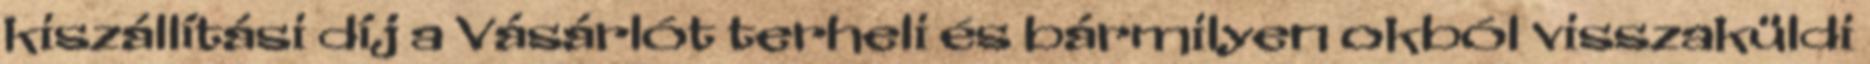
kiszállítási díj a Vásárlót terheli és bármilyen okból visszaküldi